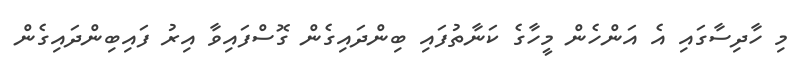
މި ހާދިސާގައި އެ އަންހެން މީހާގެ ކަނާތުފައި ބިންދައިގެން ގޮސްފައިވާ އިރު ފައިބިންދައިގެން